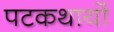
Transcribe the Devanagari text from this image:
पटकथायों